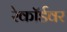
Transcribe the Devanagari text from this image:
रेकॉर्डवर